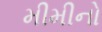
મીમીનો